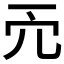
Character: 𠑺